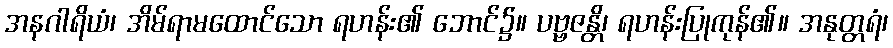
အနဂါရိယံ၊ အိမ်ရာမထောင်သော ရဟန်း၏ ဘောင်၌။ ပဗ္ဗဇန္တိ၊ ရဟန်းပြုကုန်၏။ အနုတ္တရံ၊